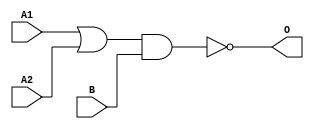
module MJG12A(A1, A2, B, O);
input   A1;
input   A2;
input   B;
output  O;
or g0(w0, A1, A2);
nand g1(O, w0, B);
endmodule